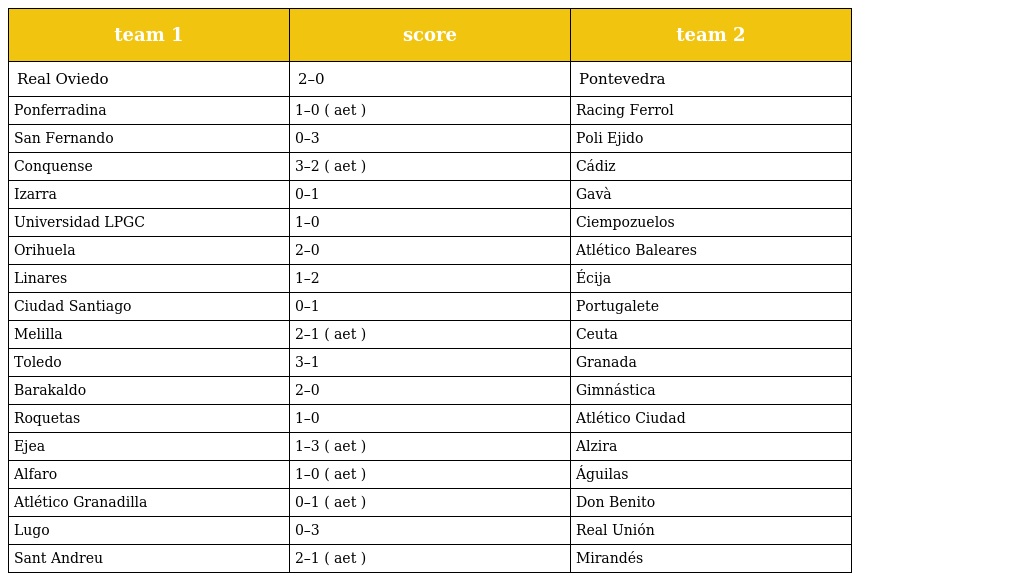
| team 1 | score | team 2 |
 | --- | --- | --- |
 | Real Oviedo | 2–0 | Pontevedra |
 | Ponferradina | 1–0 ( aet ) | Racing Ferrol |
 | San Fernando | 0–3 | Poli Ejido |
 | Conquense | 3–2 ( aet ) | Cádiz |
 | Izarra | 0–1 | Gavà |
 | Universidad LPGC | 1–0 | Ciempozuelos |
 | Orihuela | 2–0 | Atlético Baleares |
 | Linares | 1–2 | Écija |
 | Ciudad Santiago | 0–1 | Portugalete |
 | Melilla | 2–1 ( aet ) | Ceuta |
 | Toledo | 3–1 | Granada |
 | Barakaldo | 2–0 | Gimnástica |
 | Roquetas | 1–0 | Atlético Ciudad |
 | Ejea | 1–3 ( aet ) | Alzira |
 | Alfaro | 1–0 ( aet ) | Águilas |
 | Atlético Granadilla | 0–1 ( aet ) | Don Benito |
 | Lugo | 0–3 | Real Unión |
 | Sant Andreu | 2–1 ( aet ) | Mirandés |